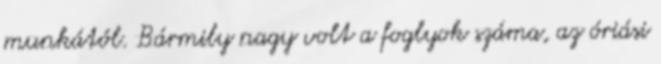
munkától. Bármily nagy volt a foglyok száma, az óriási